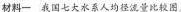
材料一 我国七大水系人均径流量比较图